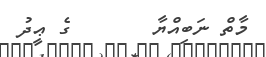
މާތް ނަބިއްޔާ       ގެ ޢީދު